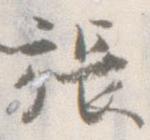
張